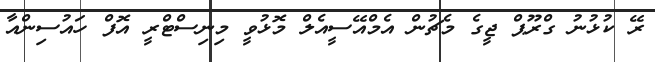
ރޭ ކުޅުނު ގްރޫޕް ޖީގެ މެޗުން އެމްއޭސީއެލް މޮޅުވީ މިނިސްޓްރީ އޮފް ހައުސިންއާ